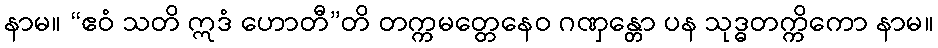
နာမ။ “ဧဝံ သတိ ဣဒံ ဟောတီ”တိ တက္ကမတ္တေနေဝ ဂဏှန္တော ပန သုဒ္ဓတက္ကိကော နာမ။